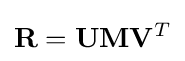
\mathbf {R} =\mathbf {U} \mathbf {M} \mathbf {V} ^{T}